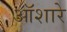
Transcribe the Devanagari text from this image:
ऑशारे